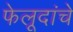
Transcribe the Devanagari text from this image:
फेलूदांचे